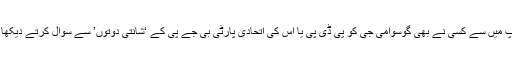
کیا آپ میں سے کسی نے بھی گوسوامی جی کو پی ڈی پی یا اس کی اتحادی پارٹی بی جے پی کے ‘شانتی دوتوں’ سے سوال کرتے دیکھا ہے؟